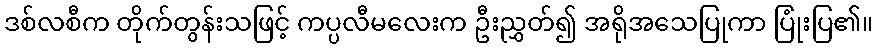
ဒစ်လစီက တိုက်တွန်းသဖြင့် ကပ္ပလီမလေးက ဦးညွှတ်၍ အရိုအသေပြုကာ ပြုံးပြ၏။